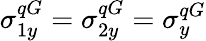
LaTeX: \sigma_{1y}^{qG}=\sigma_{2y}^{qG}=\sigma_{y}^{qG}